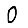
Digit: 0